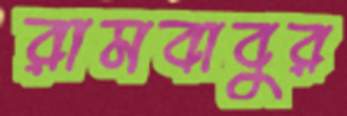
রামবাবুর